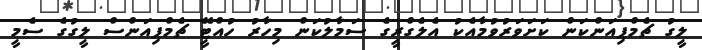
ލީގު ޗެމްޕިއަންކަން ކަށަވަރުވުމާއެކު އެލެގްރީގެ ސަމާލުކަން މިހާރު ހުއްޓޭީ ޗެމްޕިއަންސް ލީގުގެ ސެމީ